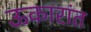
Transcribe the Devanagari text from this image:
ऊकारांत